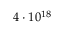
4 \cdot 1 0 ^ { 1 8 }